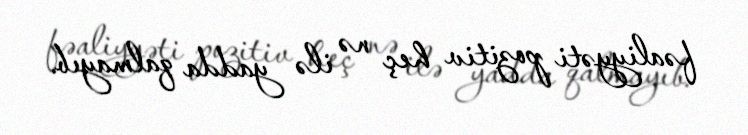
fəaliyyəti pozitiv heç nə ilə yadda qalmayıb.